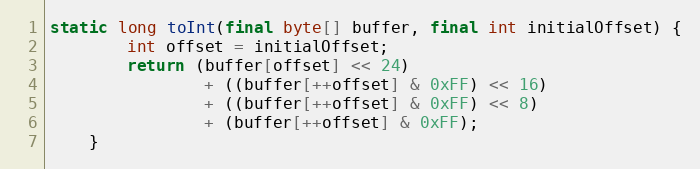
Language: Java
static long toInt(final byte[] buffer, final int initialOffset) {
        int offset = initialOffset;
        return (buffer[offset] << 24)
                + ((buffer[++offset] & 0xFF) << 16)
                + ((buffer[++offset] & 0xFF) << 8)
                + (buffer[++offset] & 0xFF);
    }